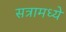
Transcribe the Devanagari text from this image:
सत्रामध्ये